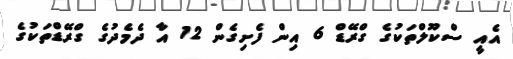
އެއީ ސްކޫލްތަކުގެ ގްރޭޑް 6 އިން ފެށިގެން 12 އާ ދެމެދުގެ ގްރޭޑްތަކުގެ